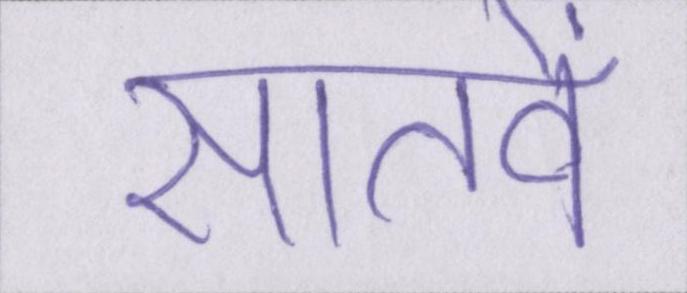
सातवें